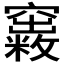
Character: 𥨺